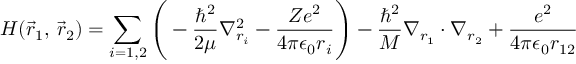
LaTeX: H ( { \vec { r } } _ { 1 } , \, { \vec { r } } _ { 2 } ) = \sum _ { i = 1 , 2 } { \Bigg ( } - { \frac { \hbar ^ { 2 } } { 2 \mu } } \nabla _ { r _ { i } } ^ { 2 } - { \frac { Z e ^ { 2 } } { 4 \pi \epsilon _ { 0 } r _ { i } } } { \Bigg ) } - { \frac { \hbar ^ { 2 } } { M } } \nabla _ { r _ { 1 } } \cdot \nabla _ { r _ { 2 } } + { \frac { e ^ { 2 } } { 4 \pi \epsilon _ { 0 } r _ { 1 2 } } }